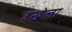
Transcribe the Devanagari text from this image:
दखेला